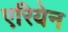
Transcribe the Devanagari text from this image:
एरियेन